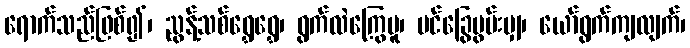
ရောက်သည်ဖြစ်၍၊ ညွန့်သစ်ရွှေရွှေ၊ ရွက်လဲကြွေမူ၊ ပင်ခြွေမွမ်းမျှ၊ ယော်ရွက်ကျလျက်၊